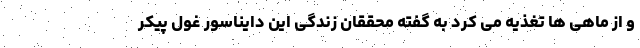
و از ماهی ها تغذیه می کرد به گفته محققان زندگی این دایناسور غول پیکر